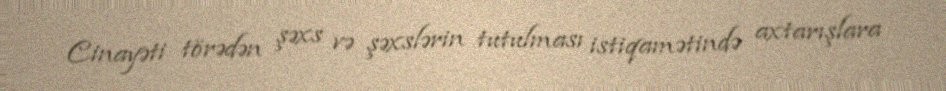
Cinayəti törədən şəxs və şəxslərin tutulması istiqamətində axtarışlara